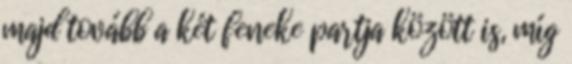
majd tovább a két feneke partja között is, míg